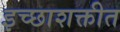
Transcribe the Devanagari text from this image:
इच्छाशक्तीत